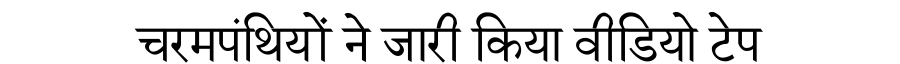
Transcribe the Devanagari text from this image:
चरमपंथियों ने जारी किया वीडियो टेप